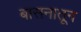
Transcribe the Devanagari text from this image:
बासनातून